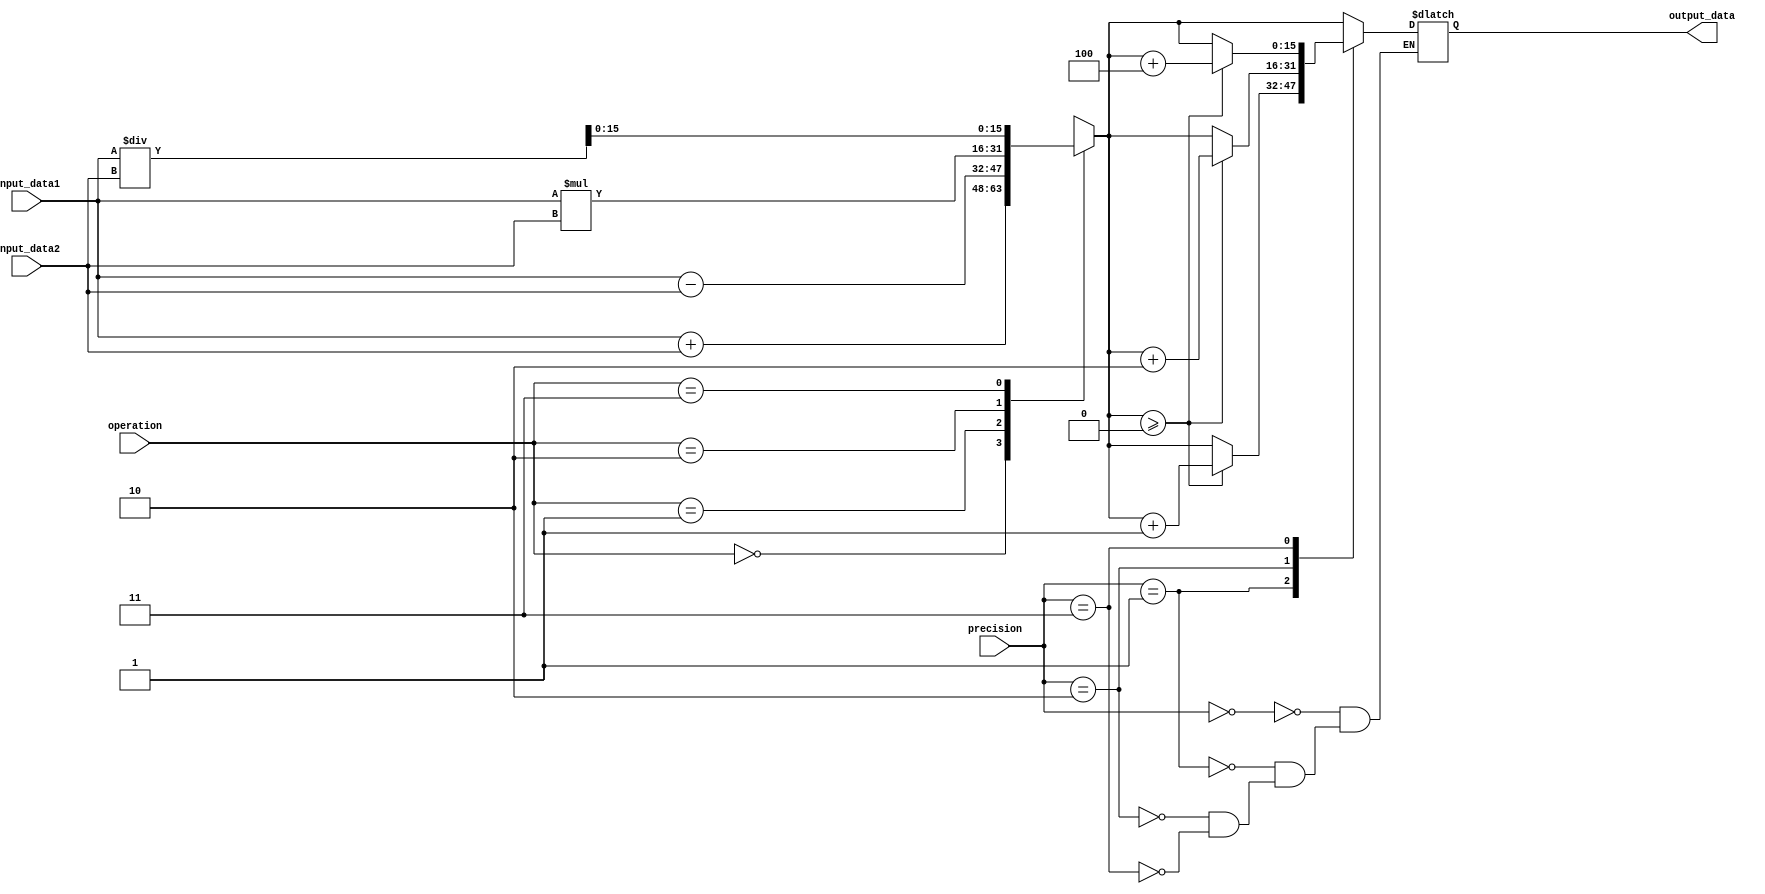
module fixed_point_rounding_unit (
    input signed [15:0] input_data1,
    input signed [15:0] input_data2,
    input [3:0] precision,
    input [1:0] operation, //0: addition, 1: subtraction, 2: multiplication, 3: division
    output reg signed [15:0] output_data
);

reg signed [31:0] temp_result;

always @* begin
    case(operation)
        0: temp_result = input_data1 + input_data2;
        1: temp_result = input_data1 - input_data2;
        2: temp_result = input_data1 * input_data2;
        3: temp_result = input_data1 / input_data2;
    endcase
end

always @* begin
    case(precision)
        0: output_data = temp_result[15:0];
        1: output_data = (temp_result[15:0] >= 0 ? temp_result[15:0]+1 : temp_result[15:0]);
        2: output_data = (temp_result[15:0] >= 0 ? temp_result[15:0]+2 : temp_result[15:0]);
        3: output_data = (temp_result[15:0] >= 0 ? temp_result[15:0]+4 : temp_result[15:0]);
        //add more cases for different precision levels if needed
    endcase
end

endmodule